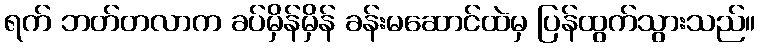
ရက် ဘတ်တလာက ခပ်မှိန်မှိန် ခန်းမဆောင်ထဲမှ ပြန်ထွက်သွားသည်။